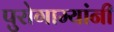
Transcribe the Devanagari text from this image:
पुरोगाम्यांनी